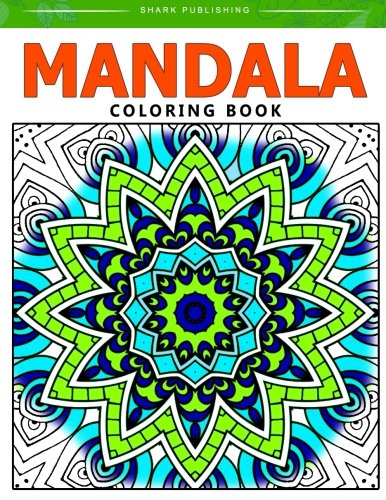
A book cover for Mandala Coloring Book: Stress Relieving Patterns : Colorama Coloring books, coloring books for adults relaxation, Mandala Coloring Book (Volume 4); Mandala Coloring Book; Crafts, Hobbies & Home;